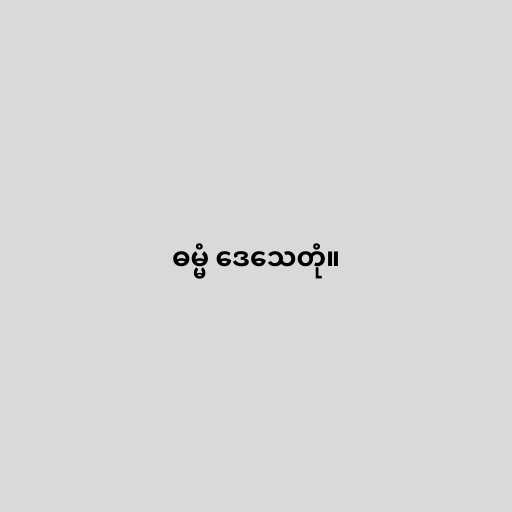
ဓမ္မံ ဒေသေတုံ။